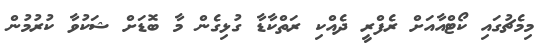
މިމެޗުގައި ކޯޓްއާއަށް ރެފްރީ ދެއްކި ރަތްކާޑާ ގުޅިގެން މާ ބޮޑަށް ޝަކުވާ ކުރުމުން